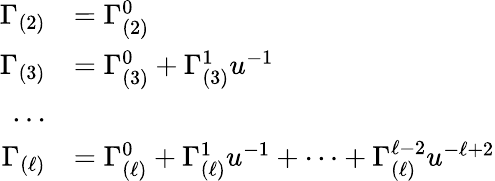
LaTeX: \begin{array}{rl}{\Gamma_{(2)}}&{=\Gamma_{(2)}^{0}}\\ {\Gamma_{(3)}}&{=\Gamma_{(3)}^{0}+\Gamma_{(3)}^{1}u^{-1}}\\ {\dots}\\ {\Gamma_{(\ell)}}&{=\Gamma_{(\ell)}^{0}+\Gamma_{(\ell)}^{1}u^{-1}+\dots+\Gamma_{(\ell)}^{\ell-2}u^{-\ell+2}}\end{array}